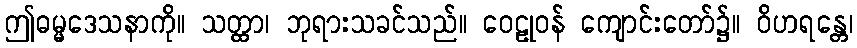
ဤဓမ္မဒေသနာကို။ သတ္ထာ၊ ဘုရားသခင်သည်။ ဝေဠုဝန် ကျောင်းတော်၌။ ဝိဟရန္တေ၊